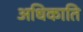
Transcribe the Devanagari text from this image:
अधिकाति